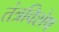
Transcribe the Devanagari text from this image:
तंत्रविशेष